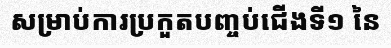
សម្រាប់ការប្រកួតបញ្ចប់ជើងទី១ នៃ